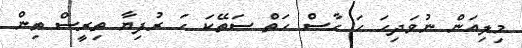
މިލިއަން ނުވަދިހަ ހަ ހާސް ހަތް ސަތޭކަ ހަ ރުފިޔާ ތިރީސް ތިން